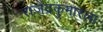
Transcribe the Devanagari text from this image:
राजेंद्रकुमारला